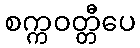
စက္ကဝတ္တီပေ